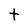
Character: t